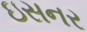
ઇસનર